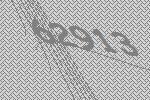
62913